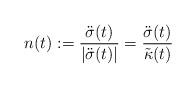
LaTeX: \begin{align*} n(t):=\frac{\ddot\sigma(t)}{|\ddot\sigma(t)|}= \frac{\ddot\sigma(t)}{\tilde\kappa(t)} \end{align*}